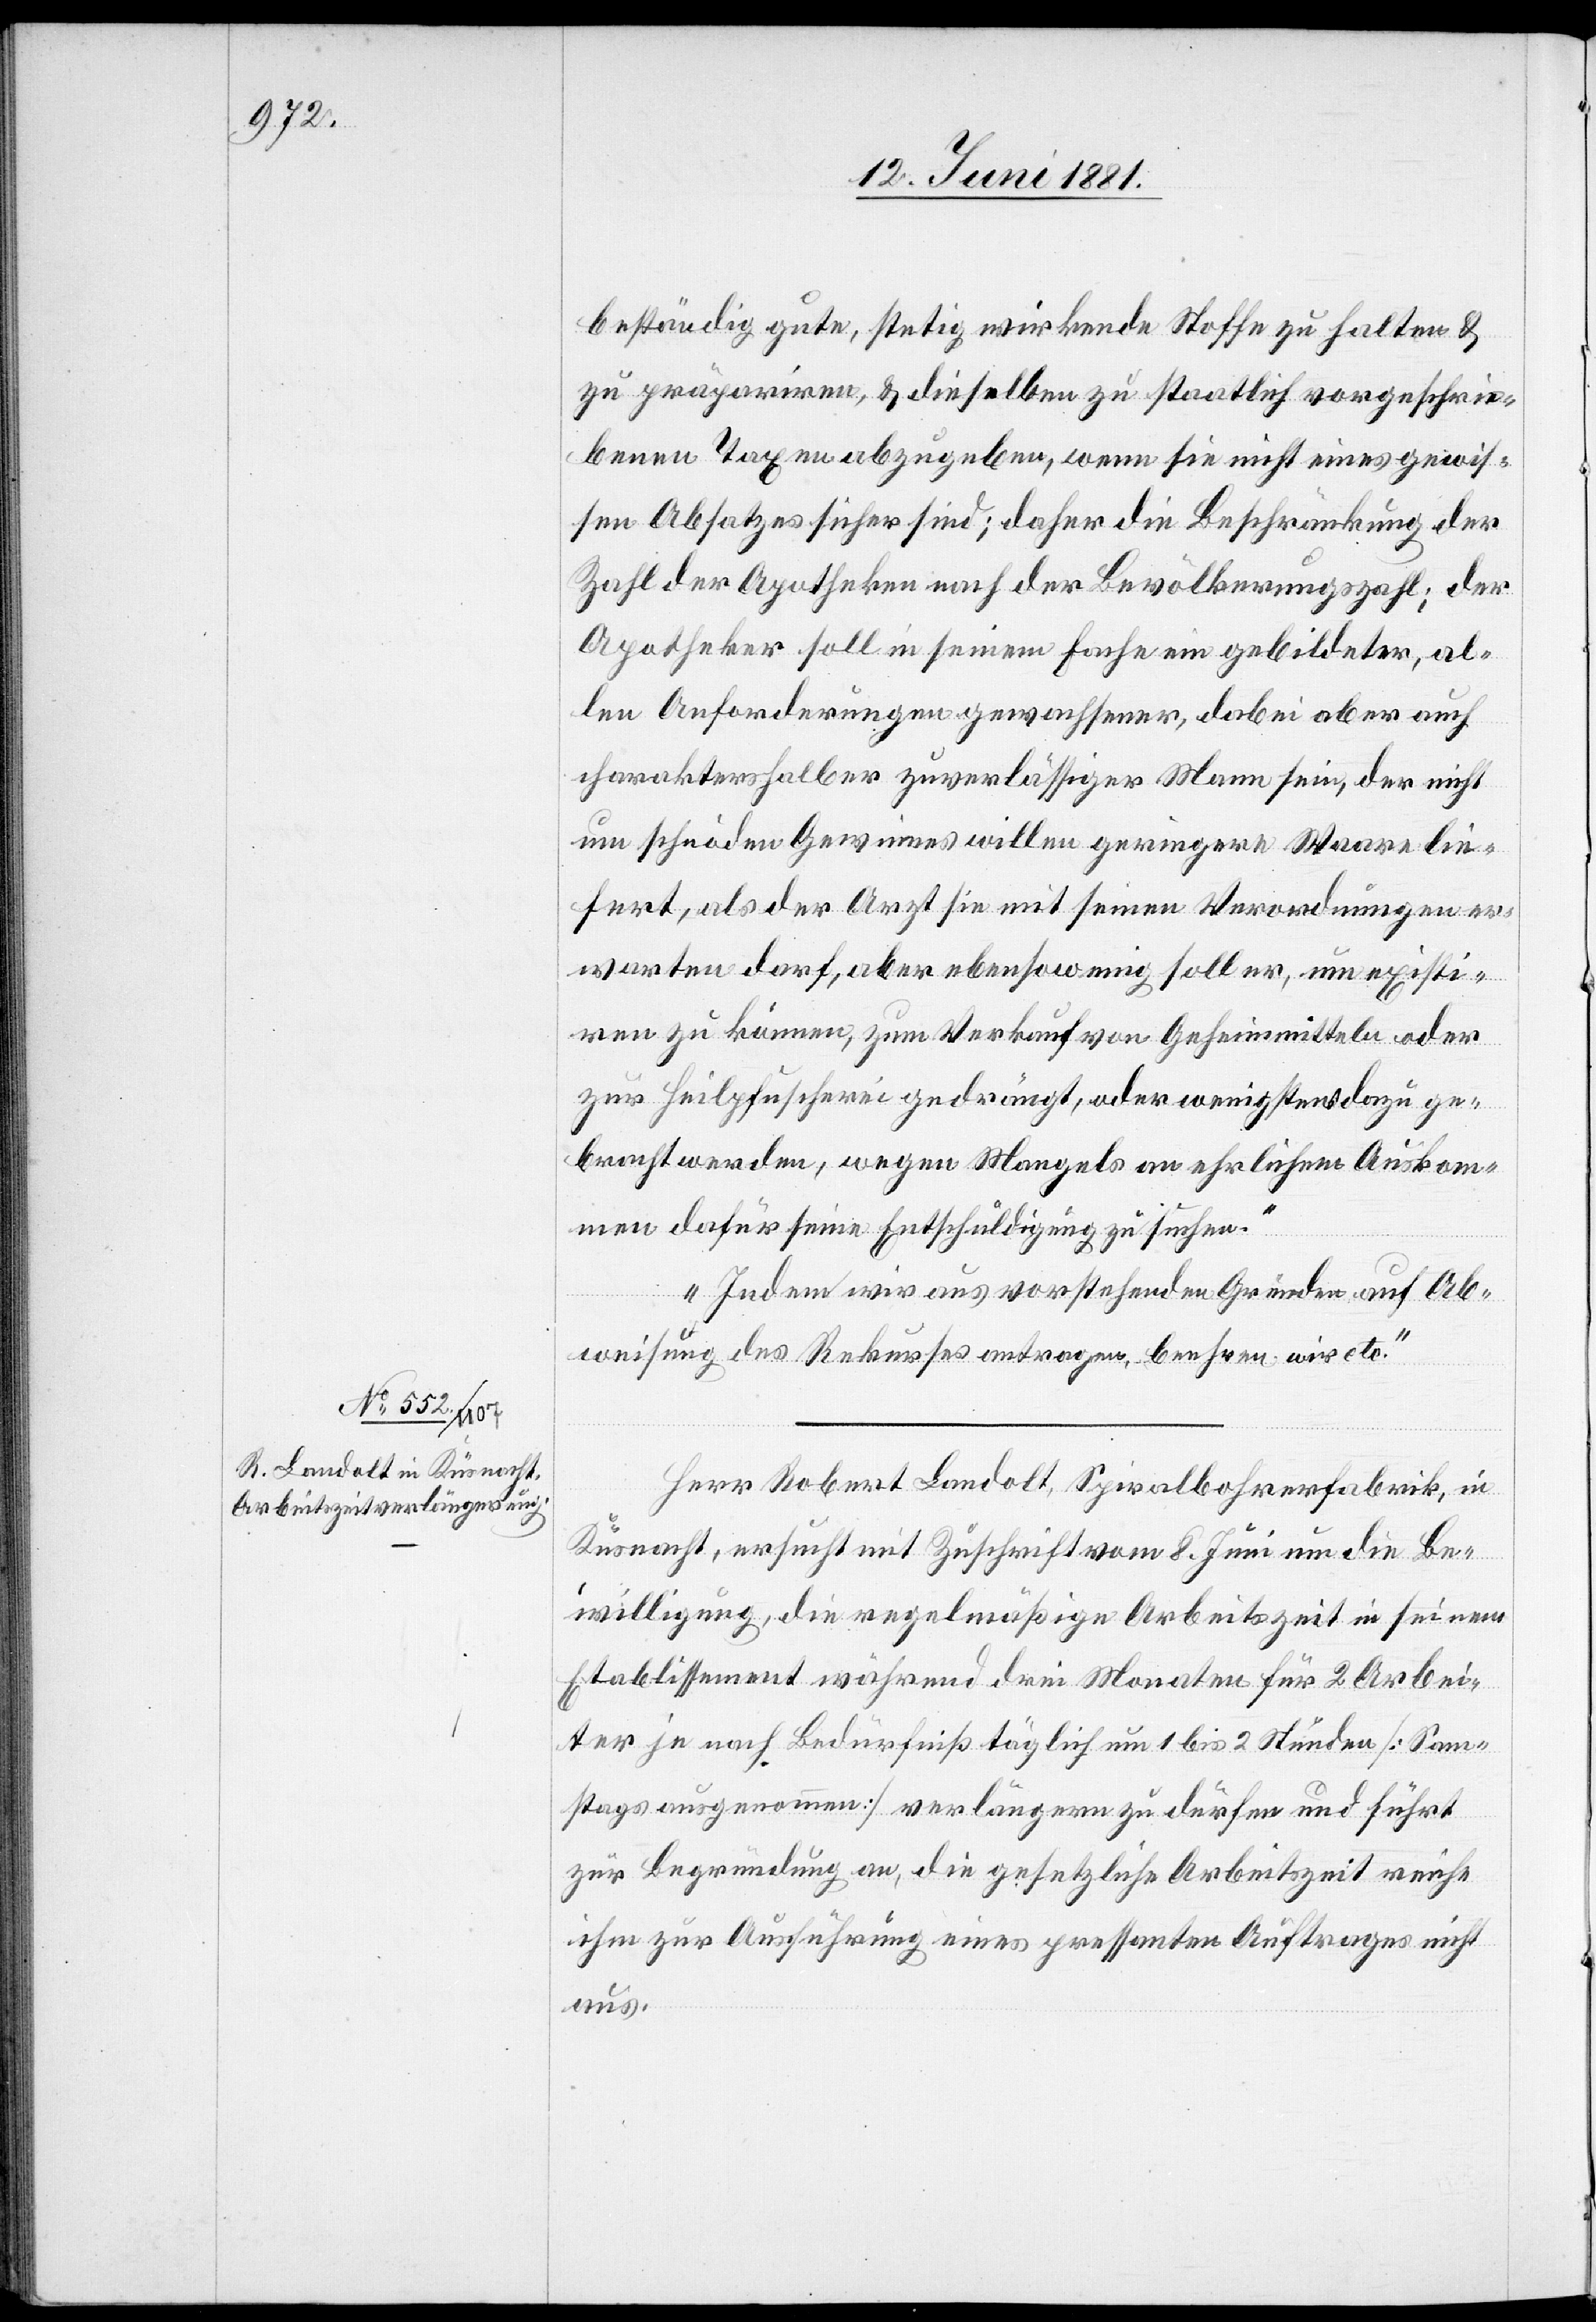
beständig gute, stetig wirkende Stoffe zu halten &
zu präpariren, & dieselben zu staatlich vorgeschrie¬
benen Taxen abzugeben, wenn sie nicht eines gewis¬
sen Absatzes sicher sind; daher die Beschränkung der
Zahl der Apotheken nach der Bevölkerungszahl; der
Apotheker soll in seinem Fache ein gebildeter, al¬
len Anforderungen gewachsener, dabei aber auch
charaktershalber zuverlässiger Mann sein, der nicht
um schnöden Gewinnes willen geringere Waare lie¬
fert, als der Arzt sie mit seinen Verordnungen er¬
warten darf, aber ebensowenig soll er, um existi¬
ren zu können, zum Verkauf von Geheimmitteln oder
zur Heilpfuscherei gedrängt, oder wenigstens dazu ge¬
bracht werden, wegen Mangels an ehrlichem Auskom¬
men dafür seine Entschädigung zu suchen.“
Herr Robert Landolt, Spiralbohrerfabrik, in
Küsnacht, ersucht mit Zuschrift vom 8. Juni um die Be¬
willigung, die regelmäßige Arbeitszeit in seinem
Etablissement während drei Monaten für 2 Arbei¬
ter je nach Bedürfniß täglich um 1 bis 2 Stunden [Sonn¬
tags ausgenommen] verlängern zu dürfen und führt
zur Begründung an, die gesetzliche Arbeitszeit reiche
ihm zur Ausführung eines pressanten Auftrages nicht
aus.